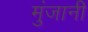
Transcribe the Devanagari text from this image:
मुंजानी